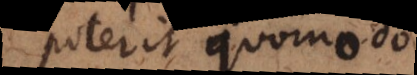
poterit quomodo